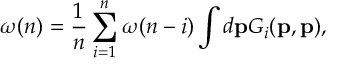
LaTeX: \omega ( n ) = \frac { 1 } { n } \sum _ { i = 1 } ^ { n } \omega ( n - i ) \int d { \bf p } G _ { i } ( { \bf p } , { \bf p } ) ,